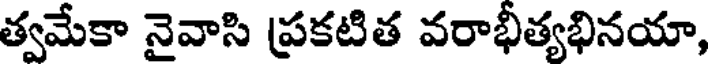
త్వమేకా నైవాసి ప్రకటిత వరాభీత్యభినయా,